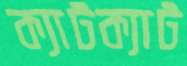
ক্যাটক্যাট